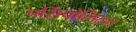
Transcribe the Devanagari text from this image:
पर्सिपोलिटन